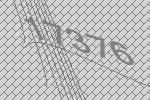
17376